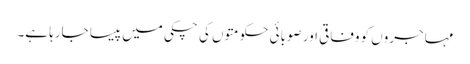
مہاجروں کو وفاقی اور صوبائی حکومتوں کی چکی میں پیسا جارہا ہے۔